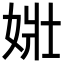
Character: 𡝂